65_HS1-834228961_62-HQ-83894_Section_3
Agency: FBI
Page 168
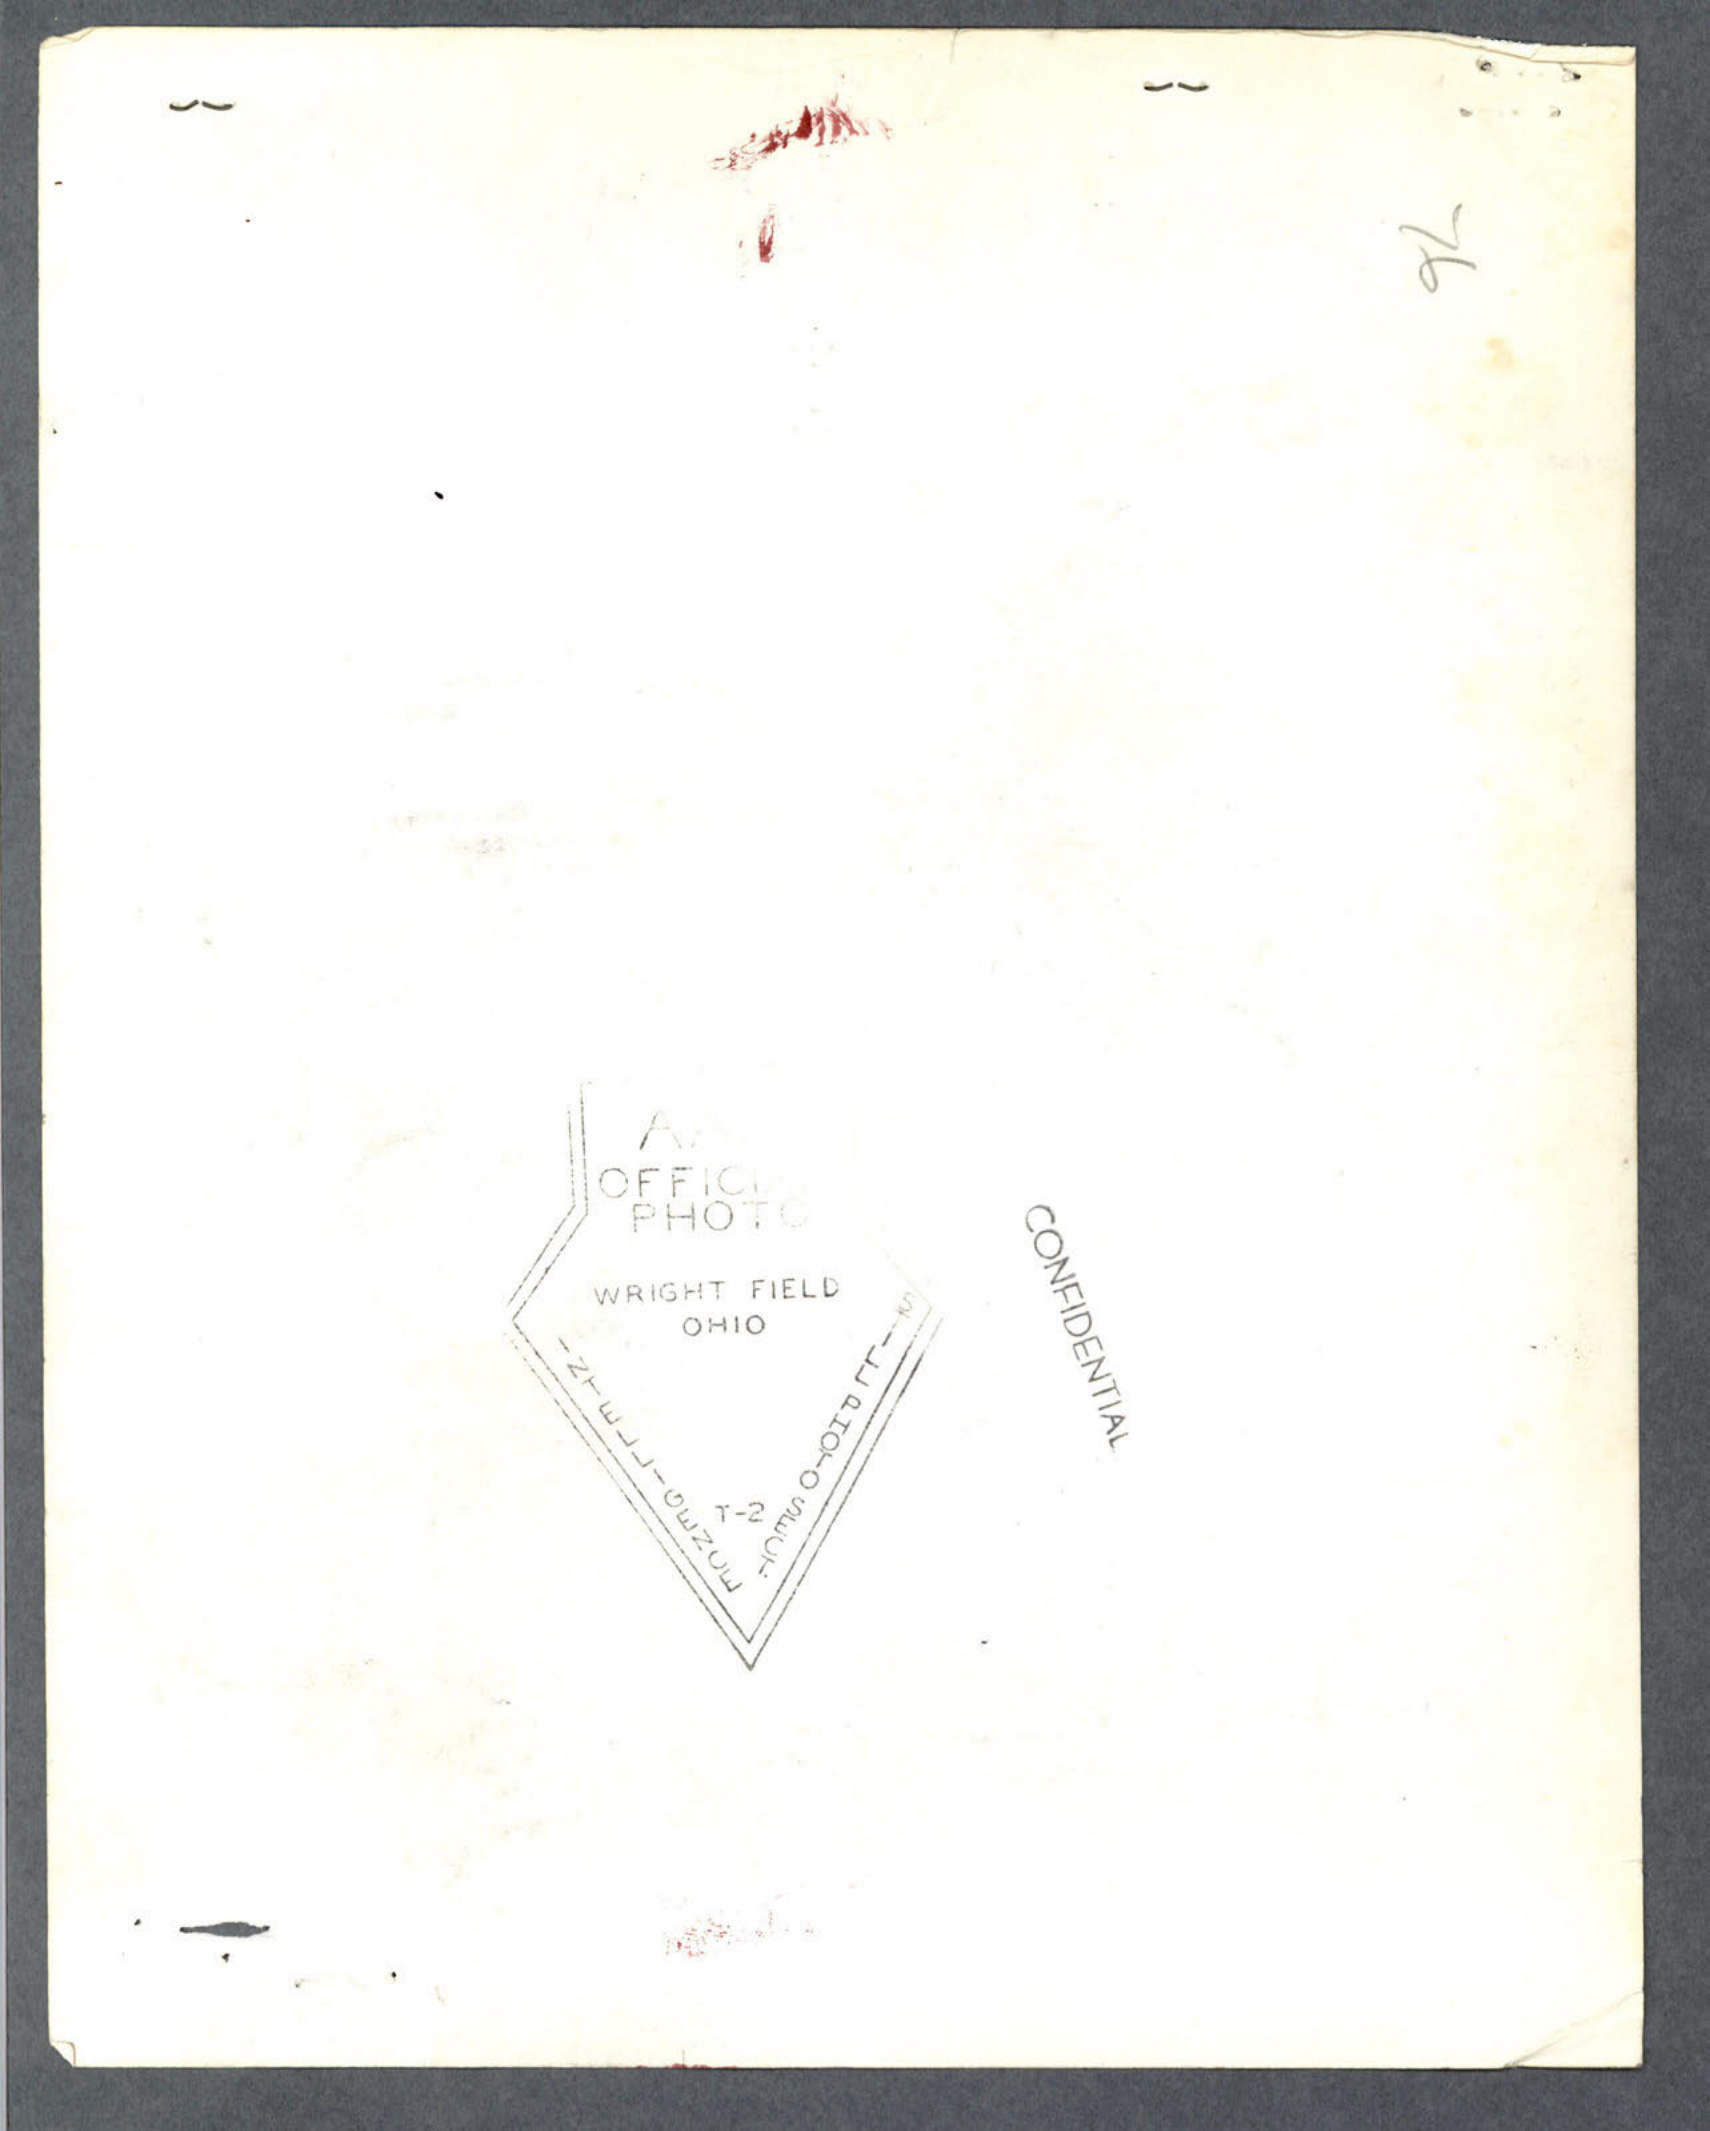